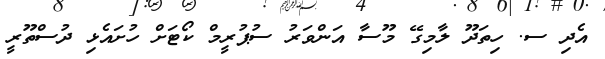
އެދި ސ. ހިތަދޫ ލާމިގޭ މޫސާ އަންވަރު ސުޕުރީމް ކޯޓަށް ހުށައެޅި ދުސްތޫރީ